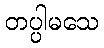
တပ္ပါမသေ